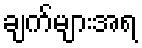
ချက်များအရ